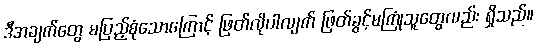
ဒီအချက်တွေ မပြည့်စုံသောကြောင့် ဖြတ်လိုပါလျက် ဖြတ်ခွင့်မကြုံသူတွေလည်း ရှိသည်။